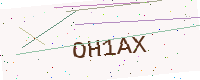
Text: OH1AX